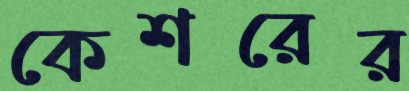
কেশরের